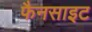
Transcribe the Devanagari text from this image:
फैनसाइट